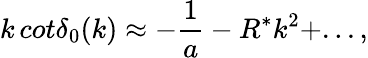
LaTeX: k\, cot\delta_{0}(k)\approx-\frac{1}{a}-R^{*}k^{2}+...,